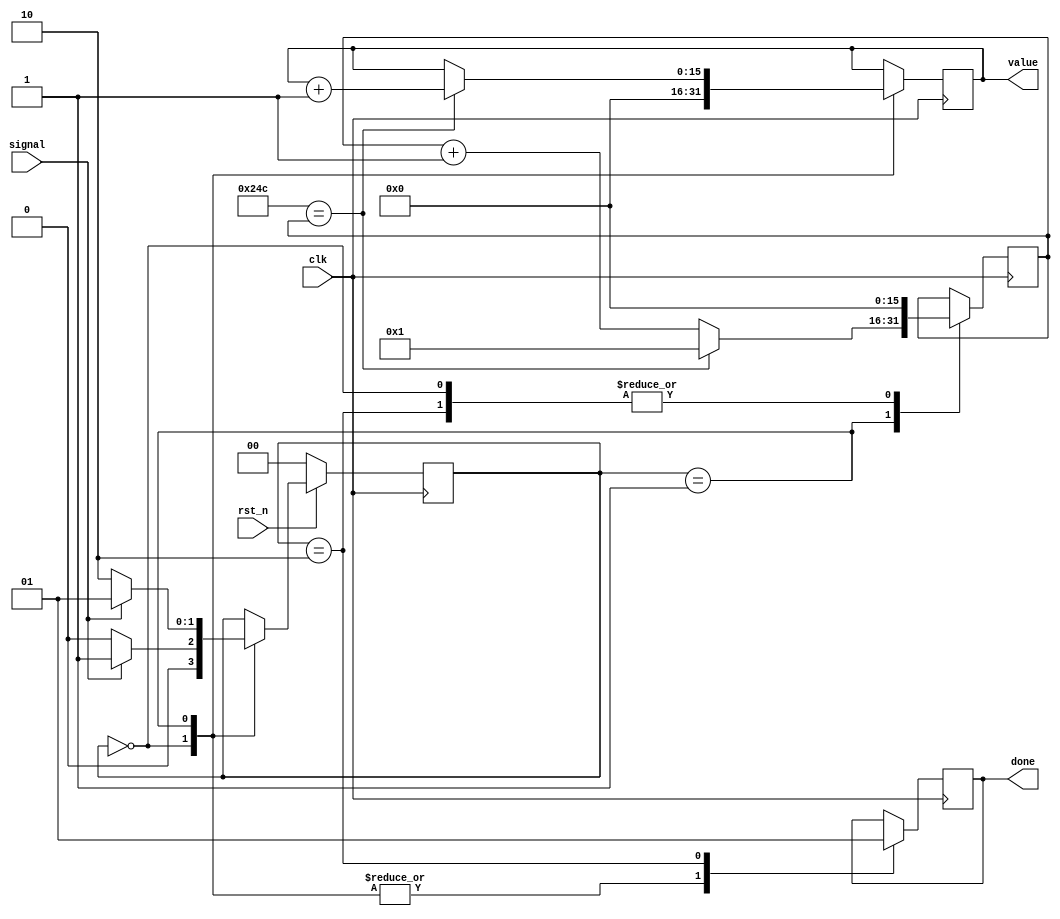
module ultrasonic #( parameter N = 16 , CONSTANT = 20'd588 ) ( 
    input clk,
    input signal,
    input rst_n,
    output reg [N-1:0] value , 
    output reg done 
    );

    reg [1:0]	state ;
    reg [N-1:0] count_1 ;

    // El modulo tiene 3 estados, el primero mantiene los valores en cero y se llega a el por medio del rst_n
    // El segundo estado inicia cuando el ultrasnico recibe la seal del modulo fisico y cuenta la duracin
    // El tercer estado inicia cuando la seal del fsico se apaga, enviando un "Done" al controlador
    // El rst_n devuelve al estado inicia el mdulo
   
    // States assignation 
    parameter S0 = 2'b00 ;
    parameter S1 = 2'b01 ;
    parameter S2 = 2'b10 ;

    // Nextstate logic
    always @ ( negedge clk ) 
        if ( ~rst_n )
            state <= S0 ;
        else
            case ( state ) 
                S0 : 
                    if ( signal )
                        state <= S1 ;
                    else 
                        state <= S0 ;
                S1 :
                    if ( ~signal )
                        state <= S2 ;
                    else
                        state <= S1 ;
            endcase

    // State logic 
    always @( posedge clk )
        case ( state ) 
            S0 : begin
                count_1 <= 0 ;
                value <= 0 ;
                done <= 0 ;
            end S1 : begin
                if ( CONSTANT == count_1 ) begin
                    count_1 <= 1 ;
                    value <= value + 1'b1 ;
                    done <= 0 ; 
                end else begin  
                    count_1 <= count_1 + 1'b1 ;
                    value <= value ;
                    done <= 0 ;
                end
            end S2 : begin
                count_1 <= 0 ;
                value <= value ;
                done <= 1 ;
            end
        endcase

endmodule